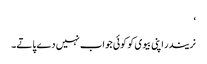
‘
نریندر اپنی بیوی کو کوئی جواب نہیں دے پاتے۔